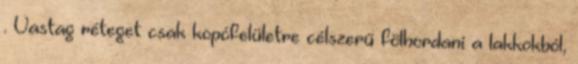
. Vastag réteget csak kopófelületre célszerű fölhordani a lakkokból,